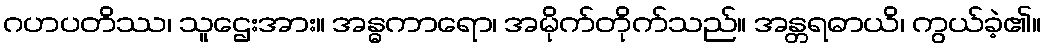
ဂဟပတိဿ၊ သူဌေးအား။ အန္ဓကာရော၊ အမိုက်တိုက်သည်။ အန္တရဓာယိ၊ ကွယ်ခဲ့၏။